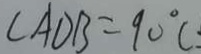
\angle A D B = 9 0 ^ { \circ } (